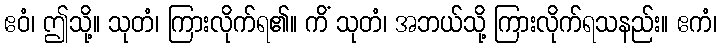
ဧဝံ၊ ဤသို့။ သုတံ၊ ကြားလိုက်ရ၏။ ကိံ သုတံ၊ အဘယ်သို့ ကြားလိုက်ရသနည်း။ ဧကံ၊